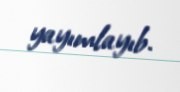
yayımlayıb.